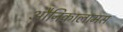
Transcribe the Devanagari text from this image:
औनिकालामस